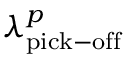
\lambda _ { \mathrm { p i c k - o f f } } ^ { p }